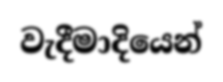
වැදීමාදියෙන්